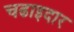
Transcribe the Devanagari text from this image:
चढाइदार